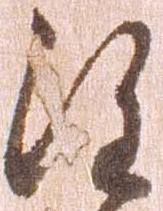
注